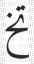
تخ